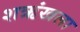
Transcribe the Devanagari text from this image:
शऋंखला